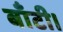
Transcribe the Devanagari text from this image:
बाँटी।